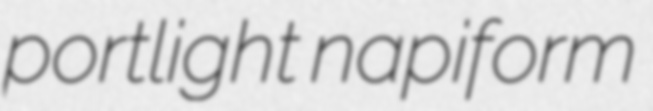
portlight napiform